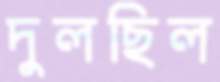
দুলছিল